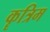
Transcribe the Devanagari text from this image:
कॄत्रिम